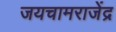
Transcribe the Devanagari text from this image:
जयचामराजेंद्र